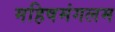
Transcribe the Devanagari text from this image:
महिषमंगलम